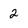
Character: 2